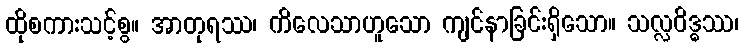
ထိုစကားသင့်စွ။ အာတုရဿ၊ ကိလေသာဟူသော ကျင်နာခြင်းရှိသော။ သလ္လဝိဒ္ဓဿ၊